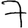
Digit: 7